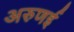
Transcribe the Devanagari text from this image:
अरुणई